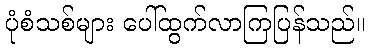
ပုံစံသစ်များ ပေါ်ထွက်လာကြပြန်သည်။